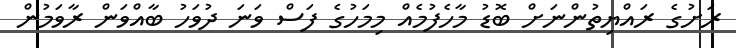
ރަށުގެ ރައްޔިތުންނަށް ބޮޑު މާހެފުމެއް މިމަހުގެ ފަސް ވަނަ ދުވަހު ބާއްވަން ރާވަމުން